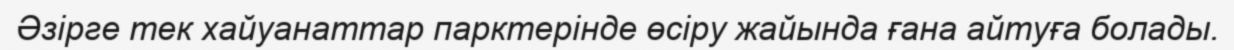
Әзірге тек хайуанаттар парктерінде өсіру жайында ғана айтуға болады.